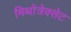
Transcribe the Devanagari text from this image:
मिथोत्रेक्सेट